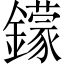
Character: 𨮵